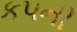
કપની